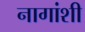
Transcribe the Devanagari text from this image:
नागांशी